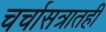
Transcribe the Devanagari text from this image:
चर्चासत्रातही